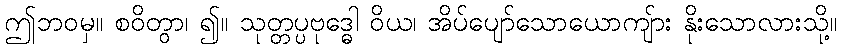
ဤဘဝမှ။ စဝိတွာ၊ ၍။ သုတ္တပ္ပဗုဒ္ဓေါ ဝိယ၊ အိပ်ပျော်သောယောကျ်ား နိုးသောလားသို့။